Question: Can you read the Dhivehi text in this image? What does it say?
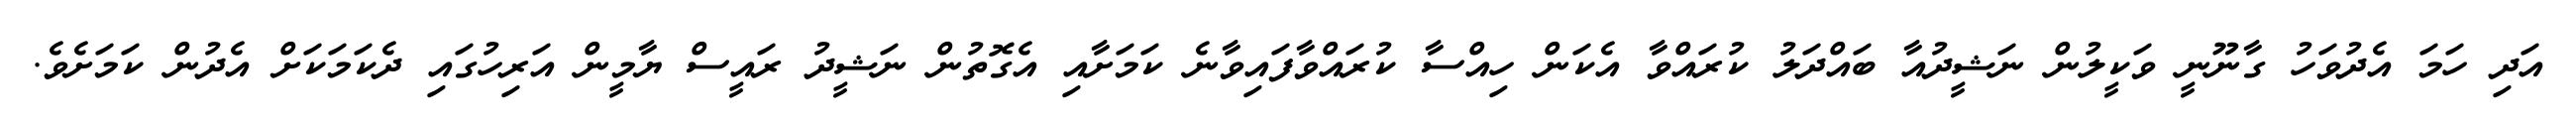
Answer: އަދި ހަމަ އެދުވަހު ގާނޫނީ ވަކީލުން ނަޝީދުއާ ބައްދަލު ކުރައްވާ އެކަން ހިއްސާ ކުރައްވާފައިވާނެ ކަމަށާއި އެގޮތުން ނަޝީދު ރައީސް ޔާމީން އަރިހުގައި ދެކަމަކަށް އެދުން ކަމަށެވެ.